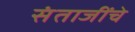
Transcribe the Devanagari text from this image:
संताजींचे